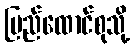
ပြည်ထောင်စုသို့